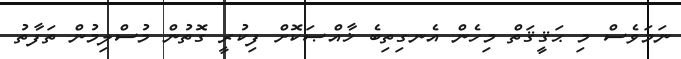
ނަމަވެސް މި ޙަޤީޤަތް މިހެން އެނގިތިބެ ޚާއްޞަކޮށް ފިކުރީ ގޮތުން މުސްލިމުން ތަފާތު